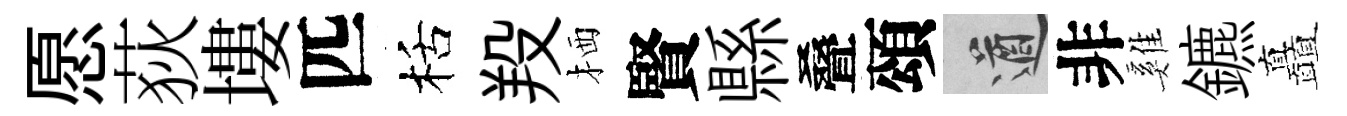
愿荻塿匹栝羖栖賢縣叠頌遒非雞鑣矗